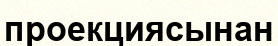
проекциясынан